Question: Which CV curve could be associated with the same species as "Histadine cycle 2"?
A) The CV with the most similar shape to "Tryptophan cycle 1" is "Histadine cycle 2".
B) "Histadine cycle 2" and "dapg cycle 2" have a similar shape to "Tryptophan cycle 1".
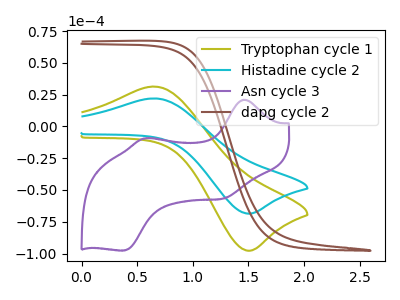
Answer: <think>The olive curve "Tryptophan cycle 1" has an anodic peak at (0.65V, 31.25uA) and a cathodic peak at (1.50V, -97.75uA). The cyan curve "Histadine cycle 2" has an anodic peak at (0.65V, 21.95uA) and a cathodic peak at (1.50V, -68.60uA). The purple curve "Asn cycle 3" has anodic peaks at (1.45V, 20.90uA) (0.55V, -9.40uA) and cathodic peaks at (1.25V, -56.80uA) (0.40V, -97.65uA). The brown curve "dapg cycle 2" has no peaks.
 All the peaks in "Tryptophan cycle 1" have a peak in "Histadine cycle 2" at the same potential. Every peak in "Tryptophan cycle 1" is higher than every peak in "Histadine cycle 2". "Tryptophan cycle 1" and "Asn cycle 3" have a different number of peaks. "Tryptophan cycle 1" and "dapg cycle 2" have a different number of peaks. "Histadine cycle 2" and "Asn cycle 3" have a different number of peaks. "Histadine cycle 2" and "dapg cycle 2" have a different number of peaks. "Asn cycle 3" and "dapg cycle 2" have a different number of peaks.</think>
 <answer>A) The CV with the most similar shape to "Tryptophan cycle 1" is "Histadine cycle 2".</answer>
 <eval>A</eval>